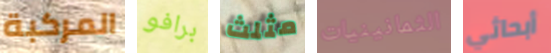
المركبة برافو مثلث الثمانينيات أبحاثي